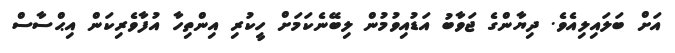
އަށް ބަލައިލިއެވެ. ދިޔާންގެ ޖަވާބު އަޑުއިވުމުން ލިބޭނެކަމަށް ހީކުރި އިންތިހާ އުފާވެރިކަން އިޙްސާސް